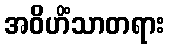
အဝိဟိံသာတရား